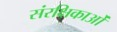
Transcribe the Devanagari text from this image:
संरक्षिकाओं